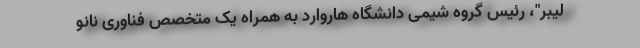
لیبر"، رئیس گروه شیمی دانشگاه هاروارد به همراه یک متخصص فناوری نانو